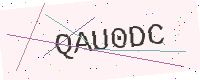
Text: QAU0DC